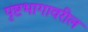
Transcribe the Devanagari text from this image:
पृष्टभागावरील